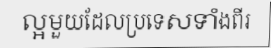
ល្អមួយដែលប្រទេសទាំងពីរ